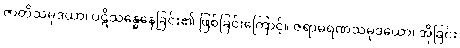
ဇာတိသမုဒယာ၊ ပဋိသန္ဓေနေခြင်း၏ ဖြစ်ခြင်းကြောင့်။ ဇရာမရဏသမုဒယော၊ အိုခြင်း